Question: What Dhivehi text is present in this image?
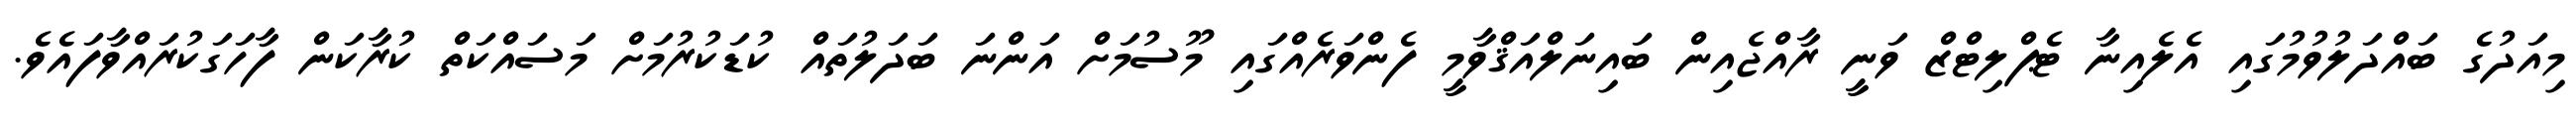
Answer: މިއަދުގެ ބައްދަލުވުމުގައި އެލެއިނާ ޓެޕްލިޓްޒް ވަނީ ރާއްޖެއިން ބައިނަލްއަޤްވާމީ ފެންވަރެއްގައި މޫސުމަށް އަންނަ ބަދަލުތައް ކުޑަކުރުމަށް މަސައްކަތް ކުރާކަން ފާހަގަކުރައްވާފައެވެ.